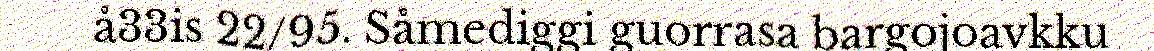
å33is 22/95. Såmediggi guorrasa bargojoavkku